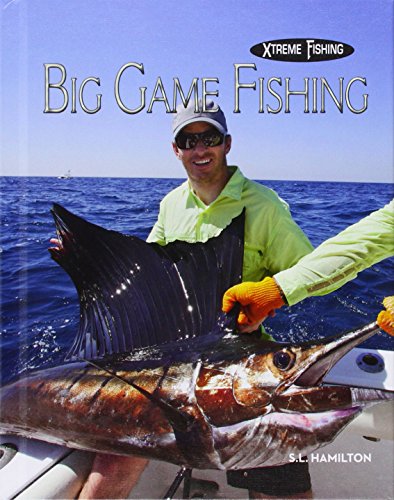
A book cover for Big Game Fishing (Xtreme Fishing); S. L. Hamilton; Children's Books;